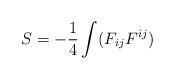
LaTeX: \begin{align*}S=-\frac14 \int (F_{ij}F^{ij})\end{align*}